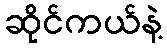
ဆိုင်ကယ်နဲ့